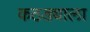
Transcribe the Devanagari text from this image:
कठड्याला